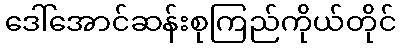
ဒေါ်အောင်ဆန်းစုကြည်ကိုယ်တိုင်